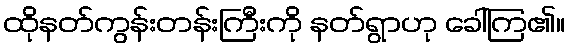
ထိုနတ်ကွန်းတန်းကြီးကို နတ်ရွာဟု ခေါ်ကြ၏။